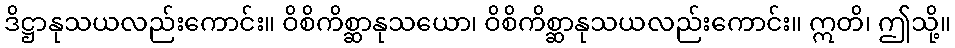
ဒိဋ္ဌာနုသယလည်းကောင်း။ ဝိစိကိစ္ဆာနုသယော၊ ဝိစိကိစ္ဆာနုသယလည်းကောင်း။ ဣတိ၊ ဤသို့။